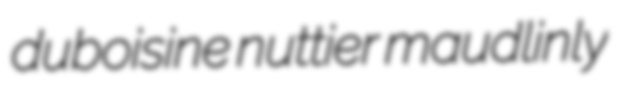
duboisine nuttier maudlinly